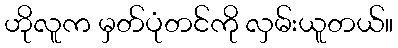
ဟိုလူက မှတ်ပုံတင်ကို လှမ်းယူတယ်။